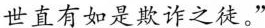
世直有如是欺诈之徒。”